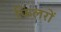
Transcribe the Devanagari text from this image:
फिलरों